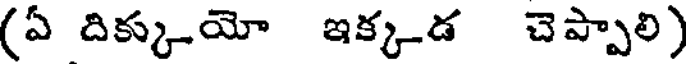
(ఏ దిక్కుయో ఇక్కడ చెప్పాలి)